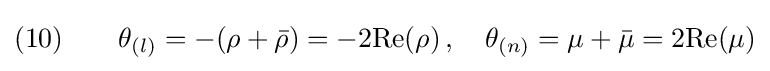
(10)\qquad \theta _{(l)}=-(\rho +{\bar {\rho }})=-2{\text{Re}}(\rho )\,,\quad \theta _{(n)}=\mu +{\bar {\mu }}=2{\text{Re}}(\mu )